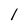
Character: l